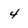
Character: 4